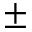
\scriptstyle \pm